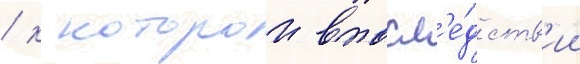
/ к которои впосл'е́дств'ии